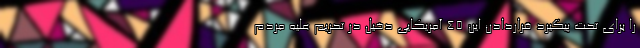
را برای تحت پیگیرد قراردادن این ۴۵ آمریکایی دخیل در تحریم علیه مردم